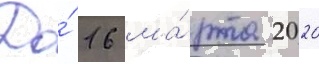
До́ 16 ма́рта 2020